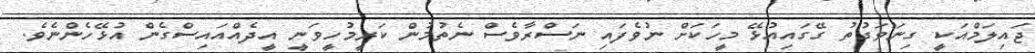
ޖައިލަމްއަކީ ގިނަވަގުތު ގޭގައިއުޅޭ މީހަކަށް ނުވެފައި ނަސްރާވެސް ނެތުމުން ކަރީމުހީވަނީ އީދެއްއައިސްގެން އުޅޭހެންނެވެ.